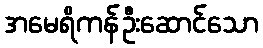
အမေရိကန်ဦးဆောင်သော